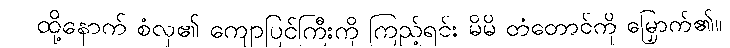
ထို့နောက် စံလှ၏ ကျောပြင်ကြီးကို ကြည့်ရင်း မိမိ တံတောင်ကို မြှောက်၏။